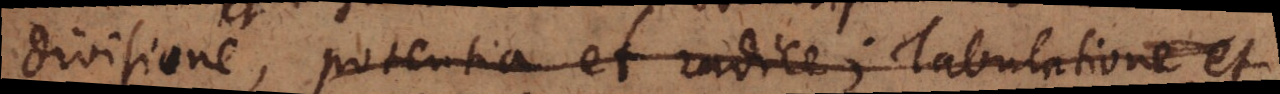
divisione, potentia et radice; tabulatione et